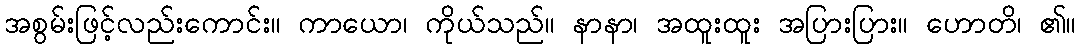
အစွမ်းဖြင့်လည်းကောင်း။ ကာယော၊ ကိုယ်သည်။ နာနာ၊ အထူးထူး အပြားပြား။ ဟောတိ၊ ၏။